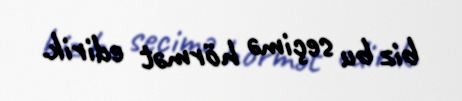
biz bu seçimə hörmət edirik.